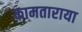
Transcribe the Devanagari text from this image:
कामताराया